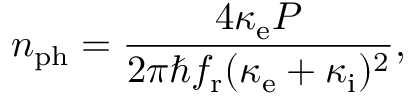
n _ { \mathrm { p h } } = \frac { 4 \kappa _ { \mathrm { e } } P } { 2 \pi \hbar f _ { \mathrm { r } } ( \kappa _ { \mathrm { e } } + \kappa _ { \mathrm { i } } ) ^ { 2 } } ,